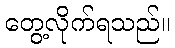
တွေ့လိုက်ရသည်။